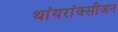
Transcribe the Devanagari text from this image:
थांयरांक्सीजन